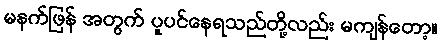
မနက်ဖြန် အတွက် ပူပင်နေရသည်တို့လည်း မကျန်တော့။